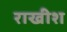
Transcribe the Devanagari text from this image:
राखीश